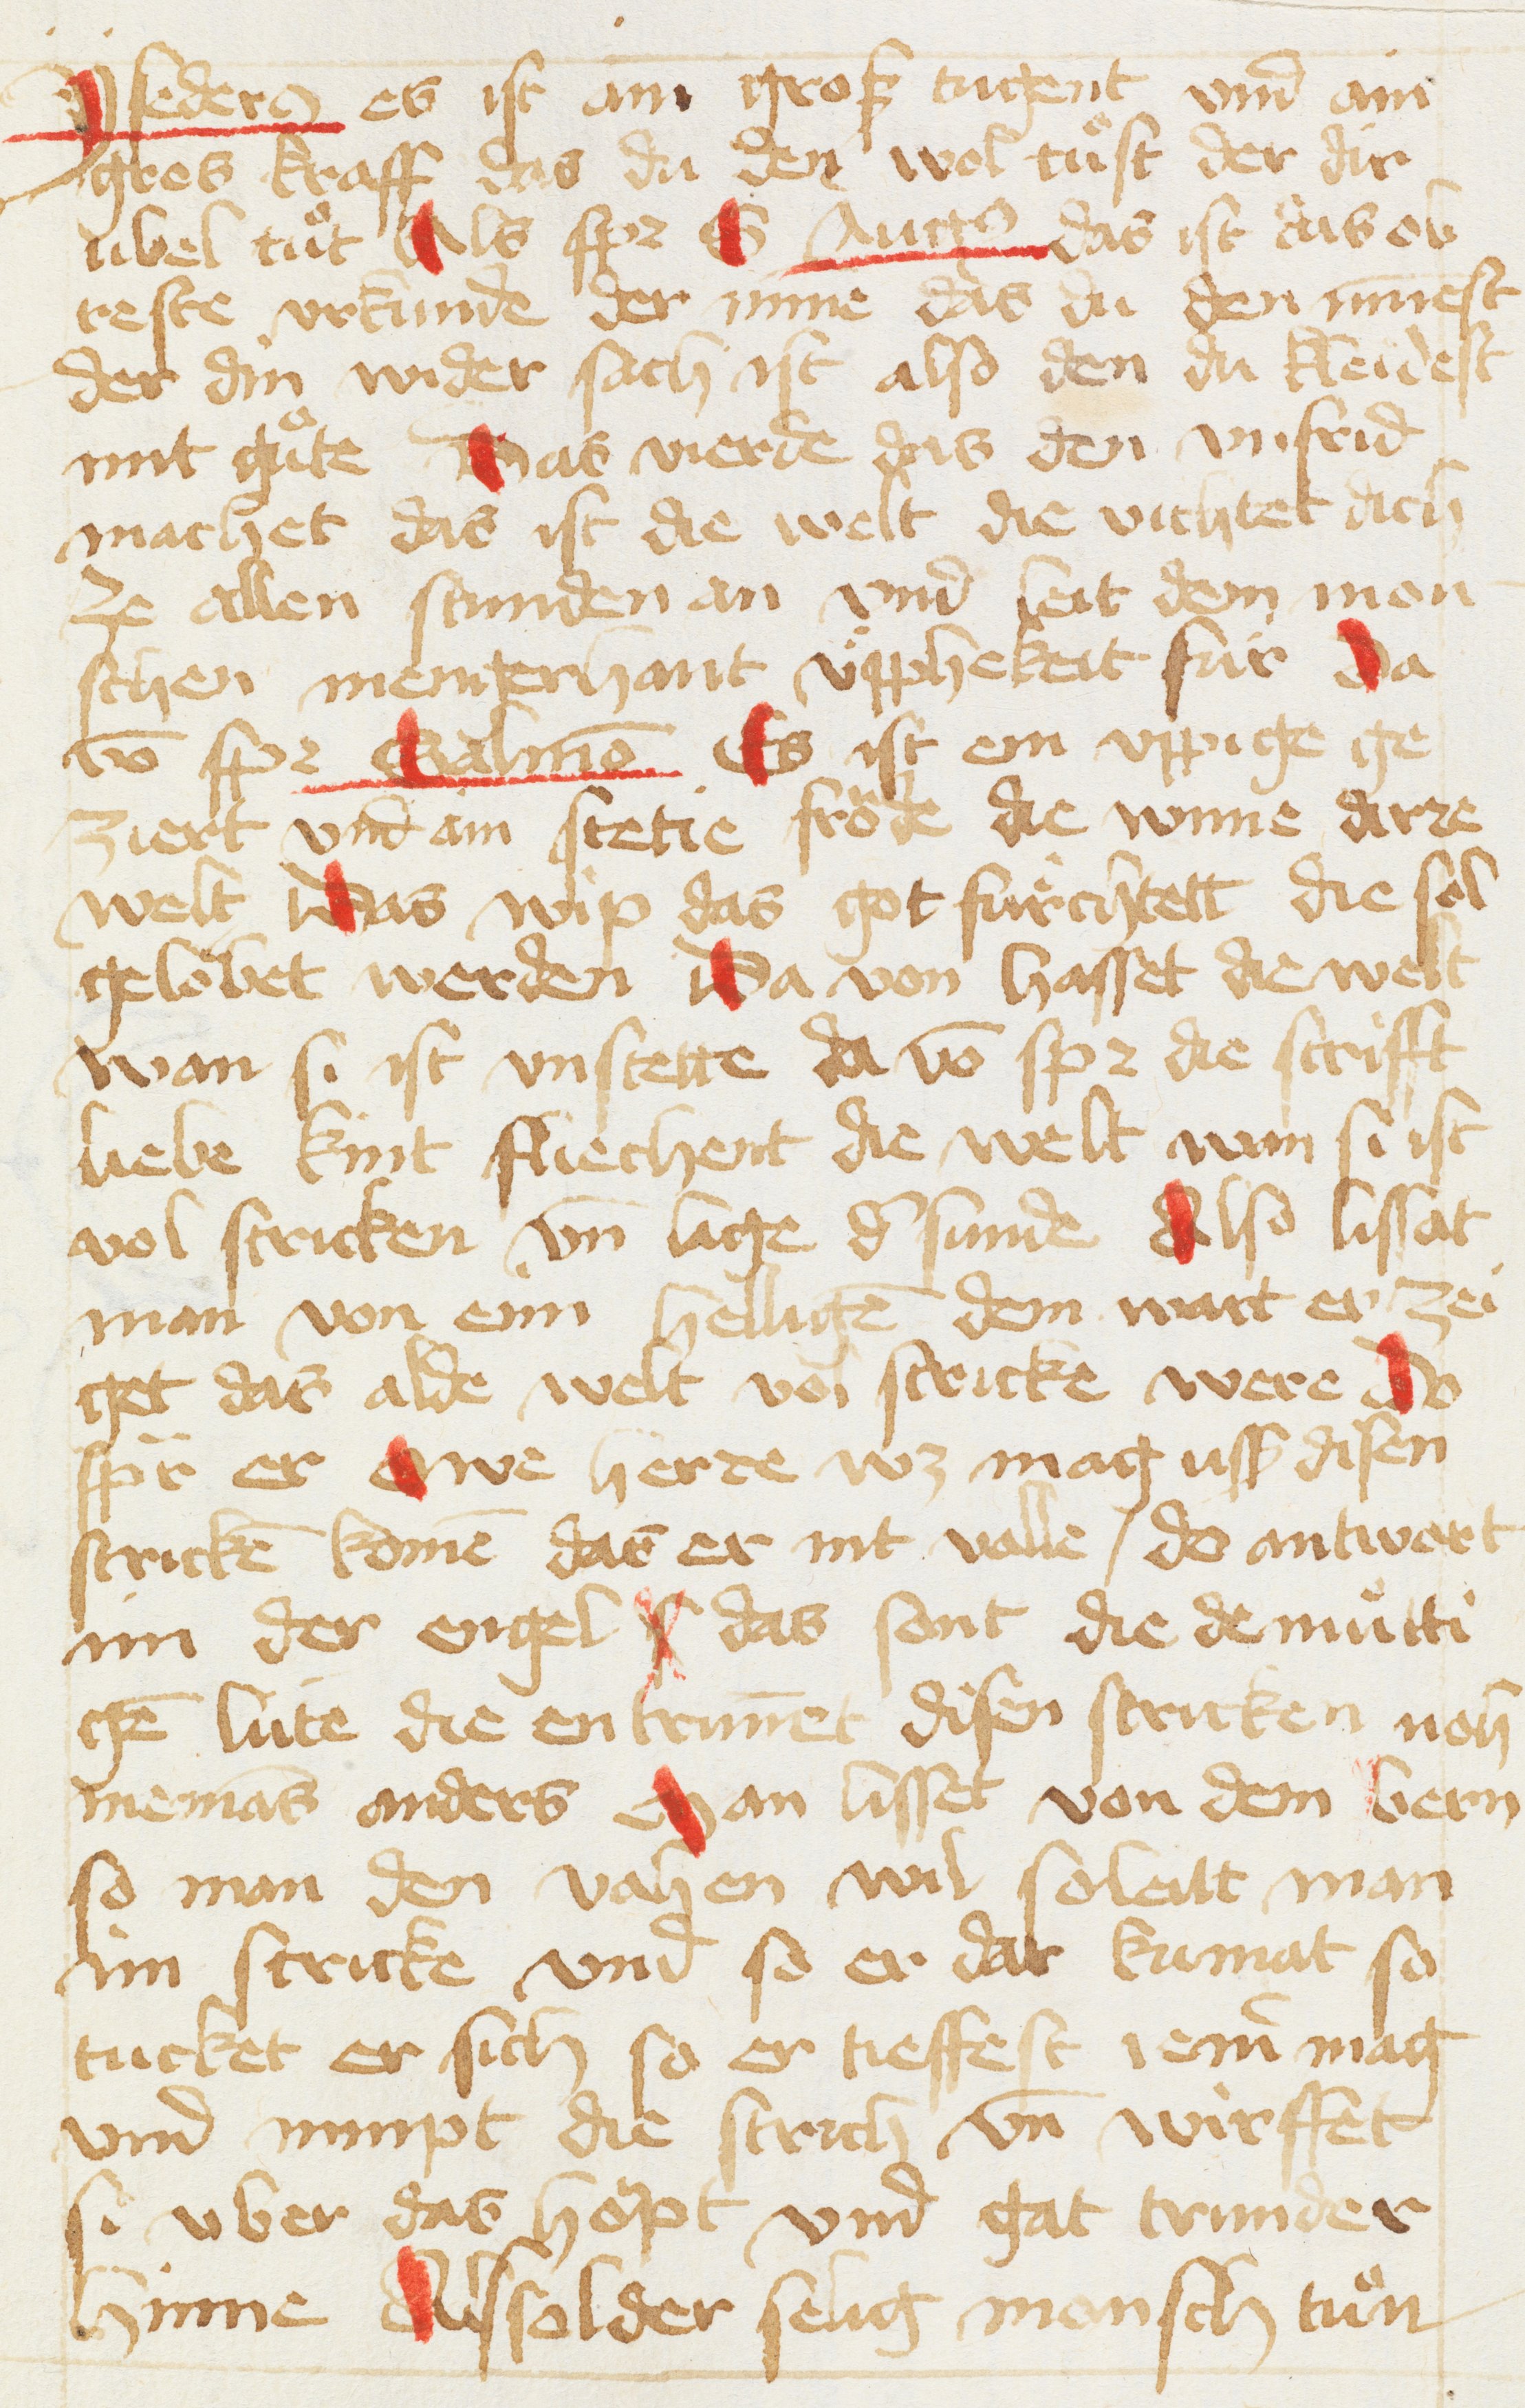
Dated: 1456–1456